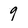
Character: 9